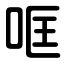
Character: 哐